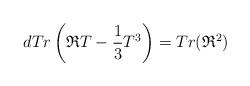
LaTeX: \begin{align*}dTr\left( \mathfrak{R}T-\frac{1}{3}T^{3}\right) =Tr(\mathfrak{R}^{2})\end{align*}